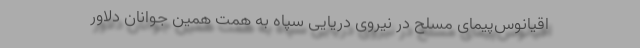
اقیانوس‌پیمای مسلح در نیروی دریایی سپاه به همت همین جوانان دلاور